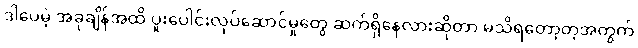
ဒါပေမဲ့ အခုချိန်အထိ ပူးပေါင်းလုပ်ဆောင်မှုတွေ ဆက်ရှိနေလားဆိုတာ မသိရတော့တဲ့အတွက်